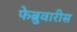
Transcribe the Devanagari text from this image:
फेब्रुवारीस